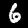
Digit: 6